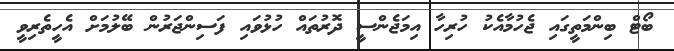
ބޯޓް ބިންމަތީގައި ޖެހުމާއެކު ހުރިހާ އިމަޖެންސީ ދޮރުތައް ހުޅުވައި ފަސިންޖަރުން ބޭލުމަށް އެހީތެރިވީ